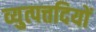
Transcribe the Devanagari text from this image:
व्युत्पत्तदियों